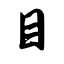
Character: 目